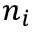
n _ { i }